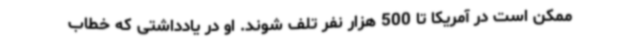
ممکن است در آمریکا تا 500 هزار نفر تلف شوند. او در یادداشتی که خطاب